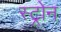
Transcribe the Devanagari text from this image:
स्ट्रोन